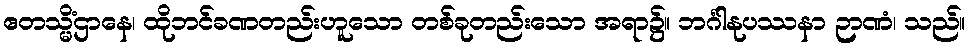
ဧတသ္မိံဌာနေ၊ ထိုဘင်ခဏတည်းဟူသော တစ်ခုတည်းသော အရာ၌။ ဘင်္ဂါနုပဿနာ ဉာဏံ၊ သည်။